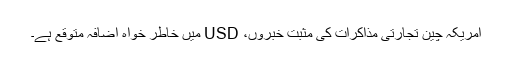
امریکہ چین تجارتی مذاکرات کی مثبت خبروں، USD میں خاطر خواہ اضافہ متوقع ہے۔